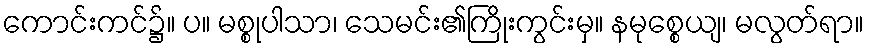
ကောင်းကင်၌။ ပ။ မစ္စုပါသာ၊ သေမင်း၏ကြိုးကွင်းမှ။ နမုစ္စေယျ၊ မလွတ်ရာ။